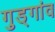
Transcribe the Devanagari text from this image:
गुड्गांव